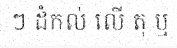
ៗ ដំកល់ លើ តុ ឬ